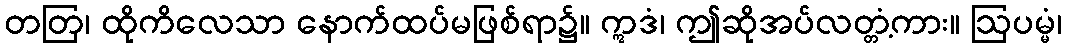
တတြ၊ ထိုကိလေသာ နောက်ထပ်မဖြစ်ရာ၌။ ဣဒံ၊ ဤဆိုအပ်လတ္တံ့ကား။ ဩပမ္မံ၊